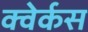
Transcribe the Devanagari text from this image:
क्वेर्कस